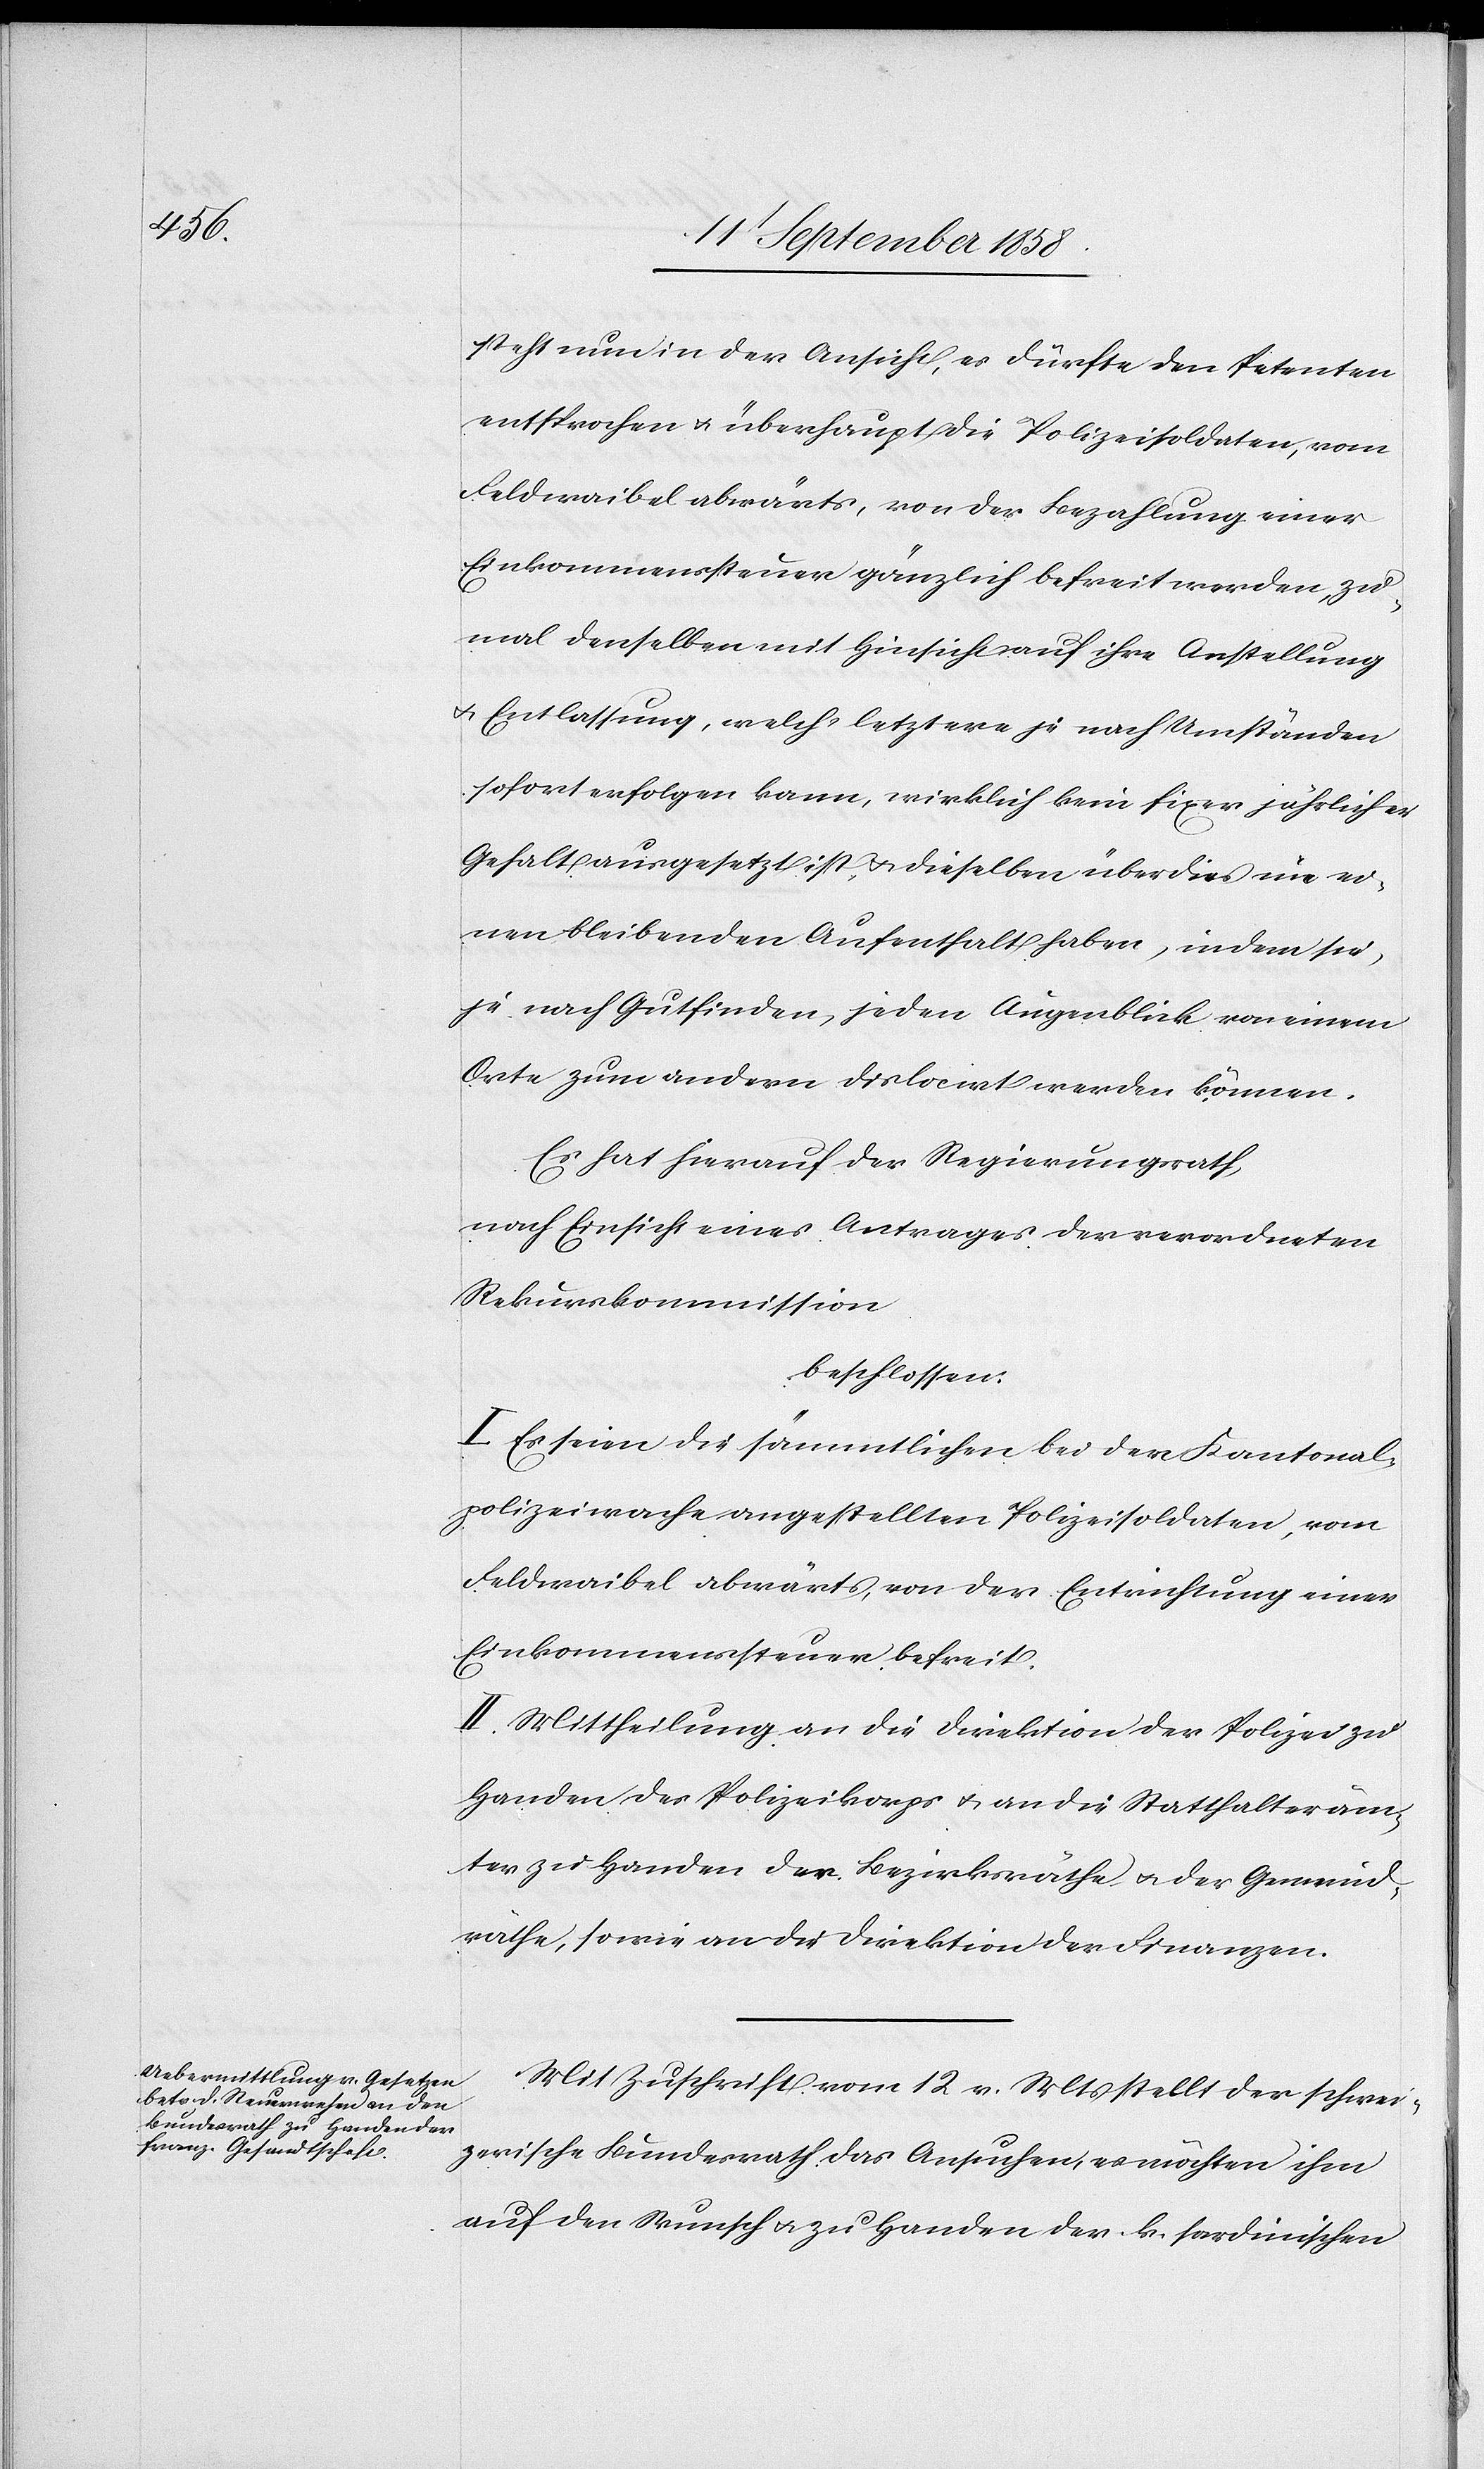
steht nun in der Ansicht, es dürfte den Petenten
entsprochen & überhaupt die Polizeisoldaten, vom
Feldwaibel abwärts, von der Bezahlung einer
Einkommenssteuer gänzlich befreit werden, zu¬
mal denselben mit Hinsicht auf ihre Anstellung
& Entlassung, welch‘ letztere je nach Umständen
sofort erfolgen kann, wirklich kein fixer jährlicher
Gehalt ausgesetzt ist, & dieselben überdies nie ei¬
nen bleibenden Aufenthalt haben, indem sie,
je nach Gutfinden, jeden Augenblick von einem
Orte zum andern dislocirt werden können.
Es hat hierauf der Regierungsrath,
nach Einsicht eines Antrages der verordneten
Rekurskommission
beschlossen:
I. Es seien die sämmtlichen bei der Kantonal¬
polizeiwache angestellten Polizeisoldaten, vom
Feldwaibel abwärts, von der Entrichtung einer
Einkommensteuer befreit.
II. Mittheilung an die Direktion der Polizei zu
Handen des Polizeikorps & an die Statthalteräm¬
ter zu Handen der Bezirksräthe & der Gemeind¬
räthe, sowie an die Direktion der Finanzen.
Mit Zuschrift vom 12 v. Mts stellt der schwei¬
zerische Bundesrath das Ansuchen, es möchten ihm
auf den Wunsch & zu Handen der k. sardinischen